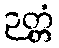
ဉတ္တံ